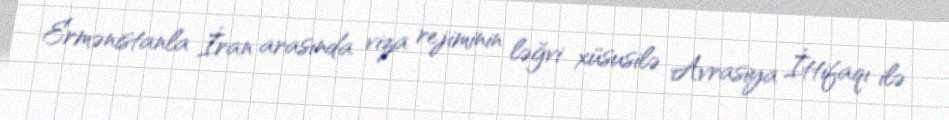
Ermənistanla İran arasında viza rejiminin ləğvi xüsusilə Avrasiya İttifaqı ilə